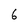
Character: 6